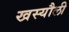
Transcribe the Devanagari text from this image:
खस्यौली